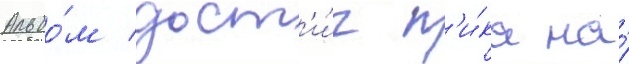
Альбо́м дост'и́г п'и́ка на́